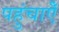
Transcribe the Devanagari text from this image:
पहुंचाऐँ